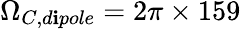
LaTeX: \Omega_{C,d\mathbf{i}pole}=2\pi\times159